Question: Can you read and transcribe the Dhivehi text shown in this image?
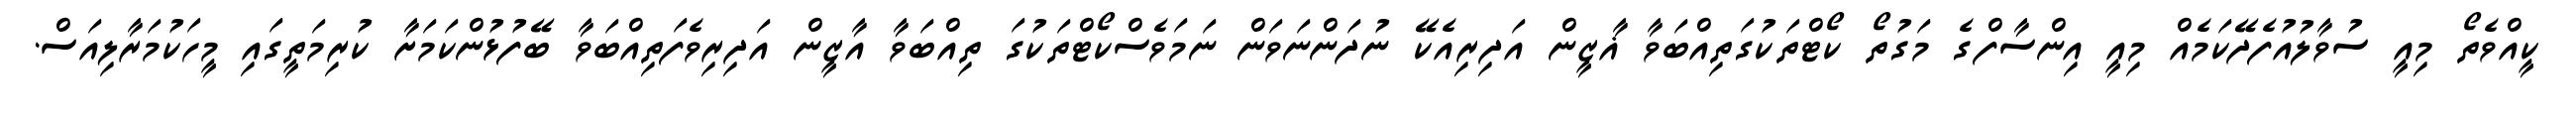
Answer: ކީއްވެތޯ މިއީ ސުވާލުއުފެދޭކަމެއް މިއީ އިންސާފްގެ މަގުތޯ ކޯޓްތަކުގަތިއްބަވާ ޣާޒީން އަދިރިއެކޭ ނުދަންނަވަން ނަމަވެސްކޯޓްތަކުގަ ތިއްބަވާ އާޒީން އަދިރިވެފަތިއްބަވާ ބޭފުޅުންކަމަށާ ކުރިމަތީގައި މީހަކުމަރާލިއަސް.